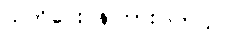
သတိပေးပန်ကြားပါတယ်။